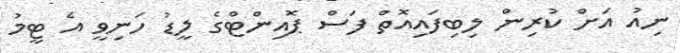
ނިއު އަށް ކުރިން ލިބިފައިއޮތް ފަސް ޕޮއިންޓްގެ ލީޑު ހަނިވީ އެ ޓީމު